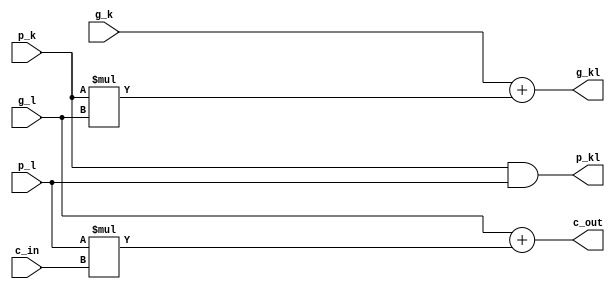
module B
	(  
		input  	p_l,
		input  	g_l,
	 	input   p_k,
	 	input   g_k,
	 	input   c_in,
	 	output  c_out,
	 	output  p_kl,
	    output  g_kl
   );


   assign p_kl = p_k & p_l;

   assign g_kl = g_k + (p_k * g_l);

   assign c_out = g_l + (p_l * c_in);

endmodule